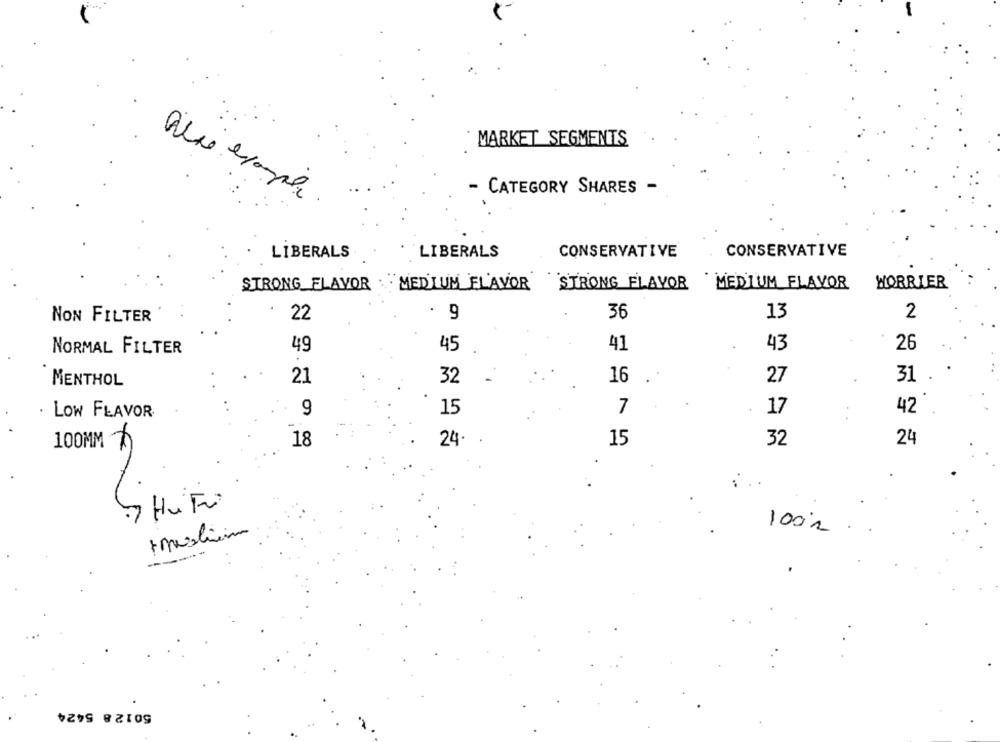
MARKET SEGMENTS
- CATEGORY SHARES -
CONSERVATIVE
CONSERVATIVE
LIBERALS
LIBERALS
STRONG_FLAVOR
MEDIUM FLAVOR
STRONG FLAVOR
`MEDIUM FLAVOR
WORRIER
NON FILTER
22
9
36
13
2
49
45
41
43
26
NORMAL FILTER
32
27
31
MENTHOL
21
16
15
LOW FLAVOR
9
7
17
42
100MM ×
18
24
15
32
24
100%
50128 5424